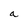
Character: a